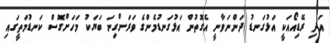
އަދި ރޭޑިއޯއަކީ އަޅުގަނޑު ދަންނަވާނީ އެގޮތުން އަޅުގަނޑުމެންގެ ވަރަށްގިނަ ބަޔަކު މަހަށްގޮސް ކަނޑުމަތީގައި